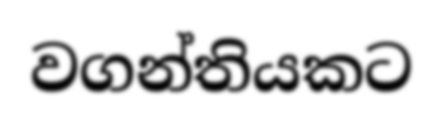
වගන්තියකට